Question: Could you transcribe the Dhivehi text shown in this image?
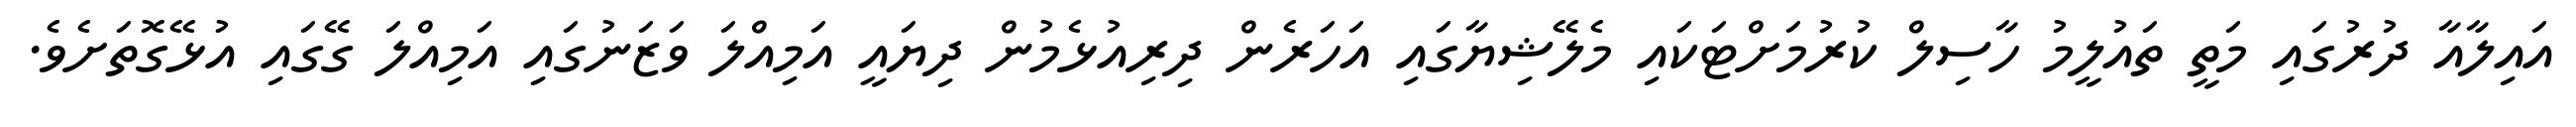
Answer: އައިލާއާ ދުރުގައި މަތީ ތައުލީމު ހާސިލް ކުރުމަށްޓަކައި މެލޭޝިޔާގައި އަހަރެން ދިރިއުޅެމުން ދިޔައީ އަމިއްލަ ވަޒަނުގައި އަމިއްލަ ގޭގައި އުޅޭގޮތަށެވެ.